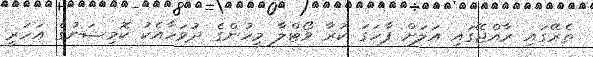
ތެރޭގައި ރާއްޖޭގައި އަލަށް ފާހަގަ ކުރާ ވޯޓްލާ މީހުންގެ ދުވަހާއެކު ކޮމިޝަނުގެ އަހަރީ